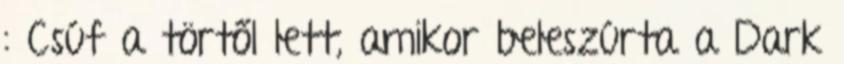
: Csúf a törtől lett, amikor beleszúrta a Dark